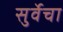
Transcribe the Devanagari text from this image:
सुर्वेचा